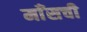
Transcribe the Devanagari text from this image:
माँसची